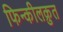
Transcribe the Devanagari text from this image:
फिन्कीलक्रुत